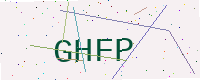
Text: GHFP